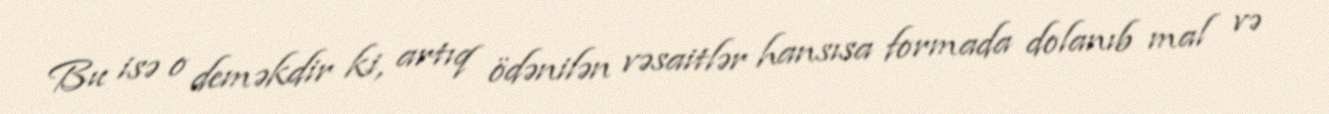
Bu isə o deməkdir ki, artıq ödənilən vəsaitlər hansısa formada dolanıb mal və